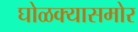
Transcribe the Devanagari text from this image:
घोळक्यासमोर